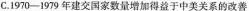
C.1970-1979年建交国家数量增加得益于中美关系的改善